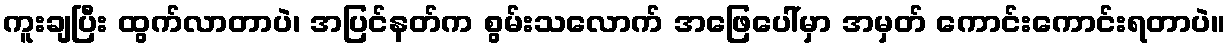
ကူးချပြီး ထွက်လာတာပဲ၊ အပြင်နတ်က စွမ်းသလောက် အဖြေပေါ်မှာ အမှတ် ကောင်းကောင်းရတာပဲ။